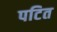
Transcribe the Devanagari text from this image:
पटित